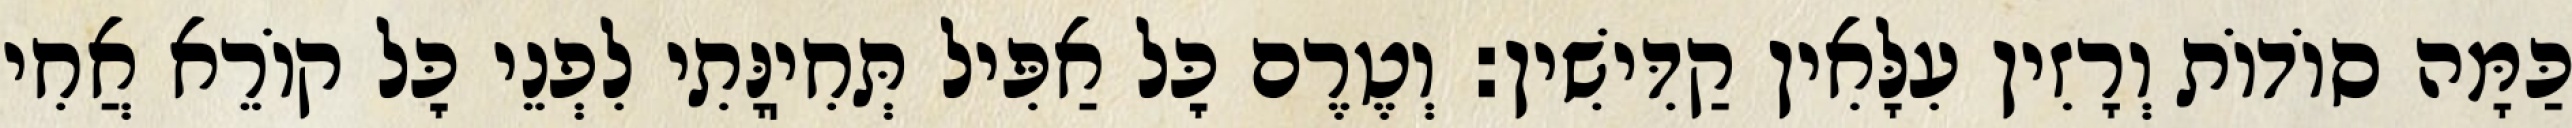
כַּמָּה סוֹדוֹת וְרָזִין עִלָּאִין קַדִּישִׁין: וְטֶרֶם כׇּל אַפִּיל תְּחִיֽנָּתִי לִפְנֵי כׇּל קוֹרֵא אֲחִי